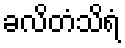
ခလိတံသိရံ